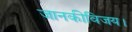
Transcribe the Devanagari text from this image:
जानकीविजय।